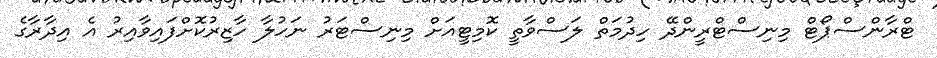
ޓްރާންސްޕޯޓް މިނިސްޓްރީންދޭ ހިދުމަތް ލަސްވާތީ ކޮމިޓީއަށް މިނިސްޓަރު ނަހުލާ ހާޒިރުކޮށްފައިވާއިރު އެ އިދާރާގެ